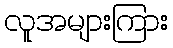
လူအများကြား